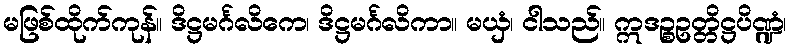
မဖြစ်ထိုက်ကုန်။ ဒိဋ္ဌမင်္ဂလိကေ၊ ဒိဋ္ဌမင်္ဂလိကာ။ မယှံ၊ ငါသည်။ ဣဒဉ္စဥတ္တိဋ္ဌပိဏ္ဍံ၊